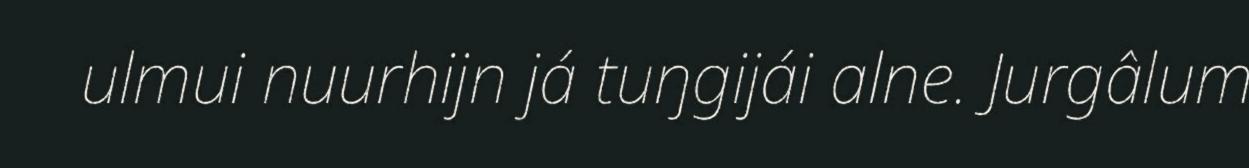
ulmui nuurhijn já tuŋgijái alne. Jurgâlum